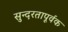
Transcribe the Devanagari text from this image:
सुन्दरतापूर्वक